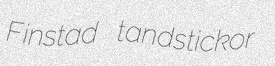
Finstad tandstickor